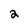
Character: 2